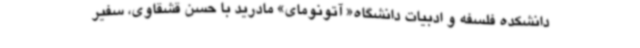
دانشکده فلسفه و ادبیات دانشگاه« آتونومای» مادرید با حسن قشقاوی، سفیر